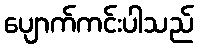
ပျောက်ကင်းပါသည်